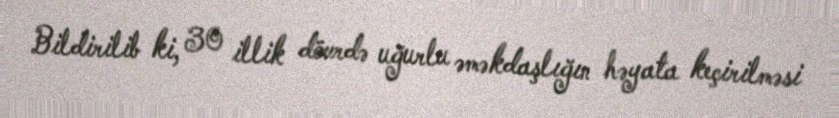
Bildirilib ki, 30 illik dövrdə uğurlu əməkdaşlığın həyata keçirilməsi